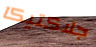
جلاكتيكا